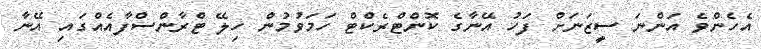
އެހެންވެ އަންނަ ސީޒަނަށް ފަހު އޭނާގެ ކޮންޓްރެކްޓް ހަމަވުމުން ހިލޭ ޓްރާންސްފާއެއްގައި އޭނާ